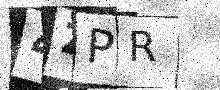
Text: 4ZPR